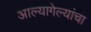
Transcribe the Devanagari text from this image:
आल्यागेल्यांचा